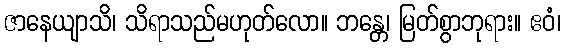
ဇာနေယျာသိ၊ သိရာသည်မဟုတ်လော။ ဘန္တေ၊ မြတ်စွာဘုရား။ ဧဝံ၊